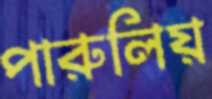
পারুলিয়